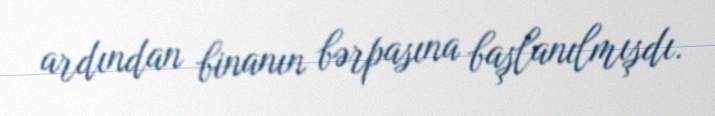
ardından binanın bərpasına başlanılmışdı.